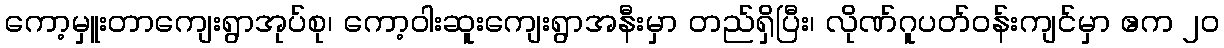
ကော့မှူးတာကျေးရွာအုပ်စု၊ ကော့ဝါးဆူးကျေးရွာအနီးမှာ တည်ရှိပြီး၊ လိုဏ်ဂူပတ်ဝန်းကျင်မှာ ဧက ၂၀